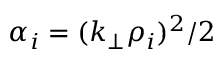
\alpha _ { i } = ( k _ { \perp } \rho _ { i } ) ^ { 2 } / 2